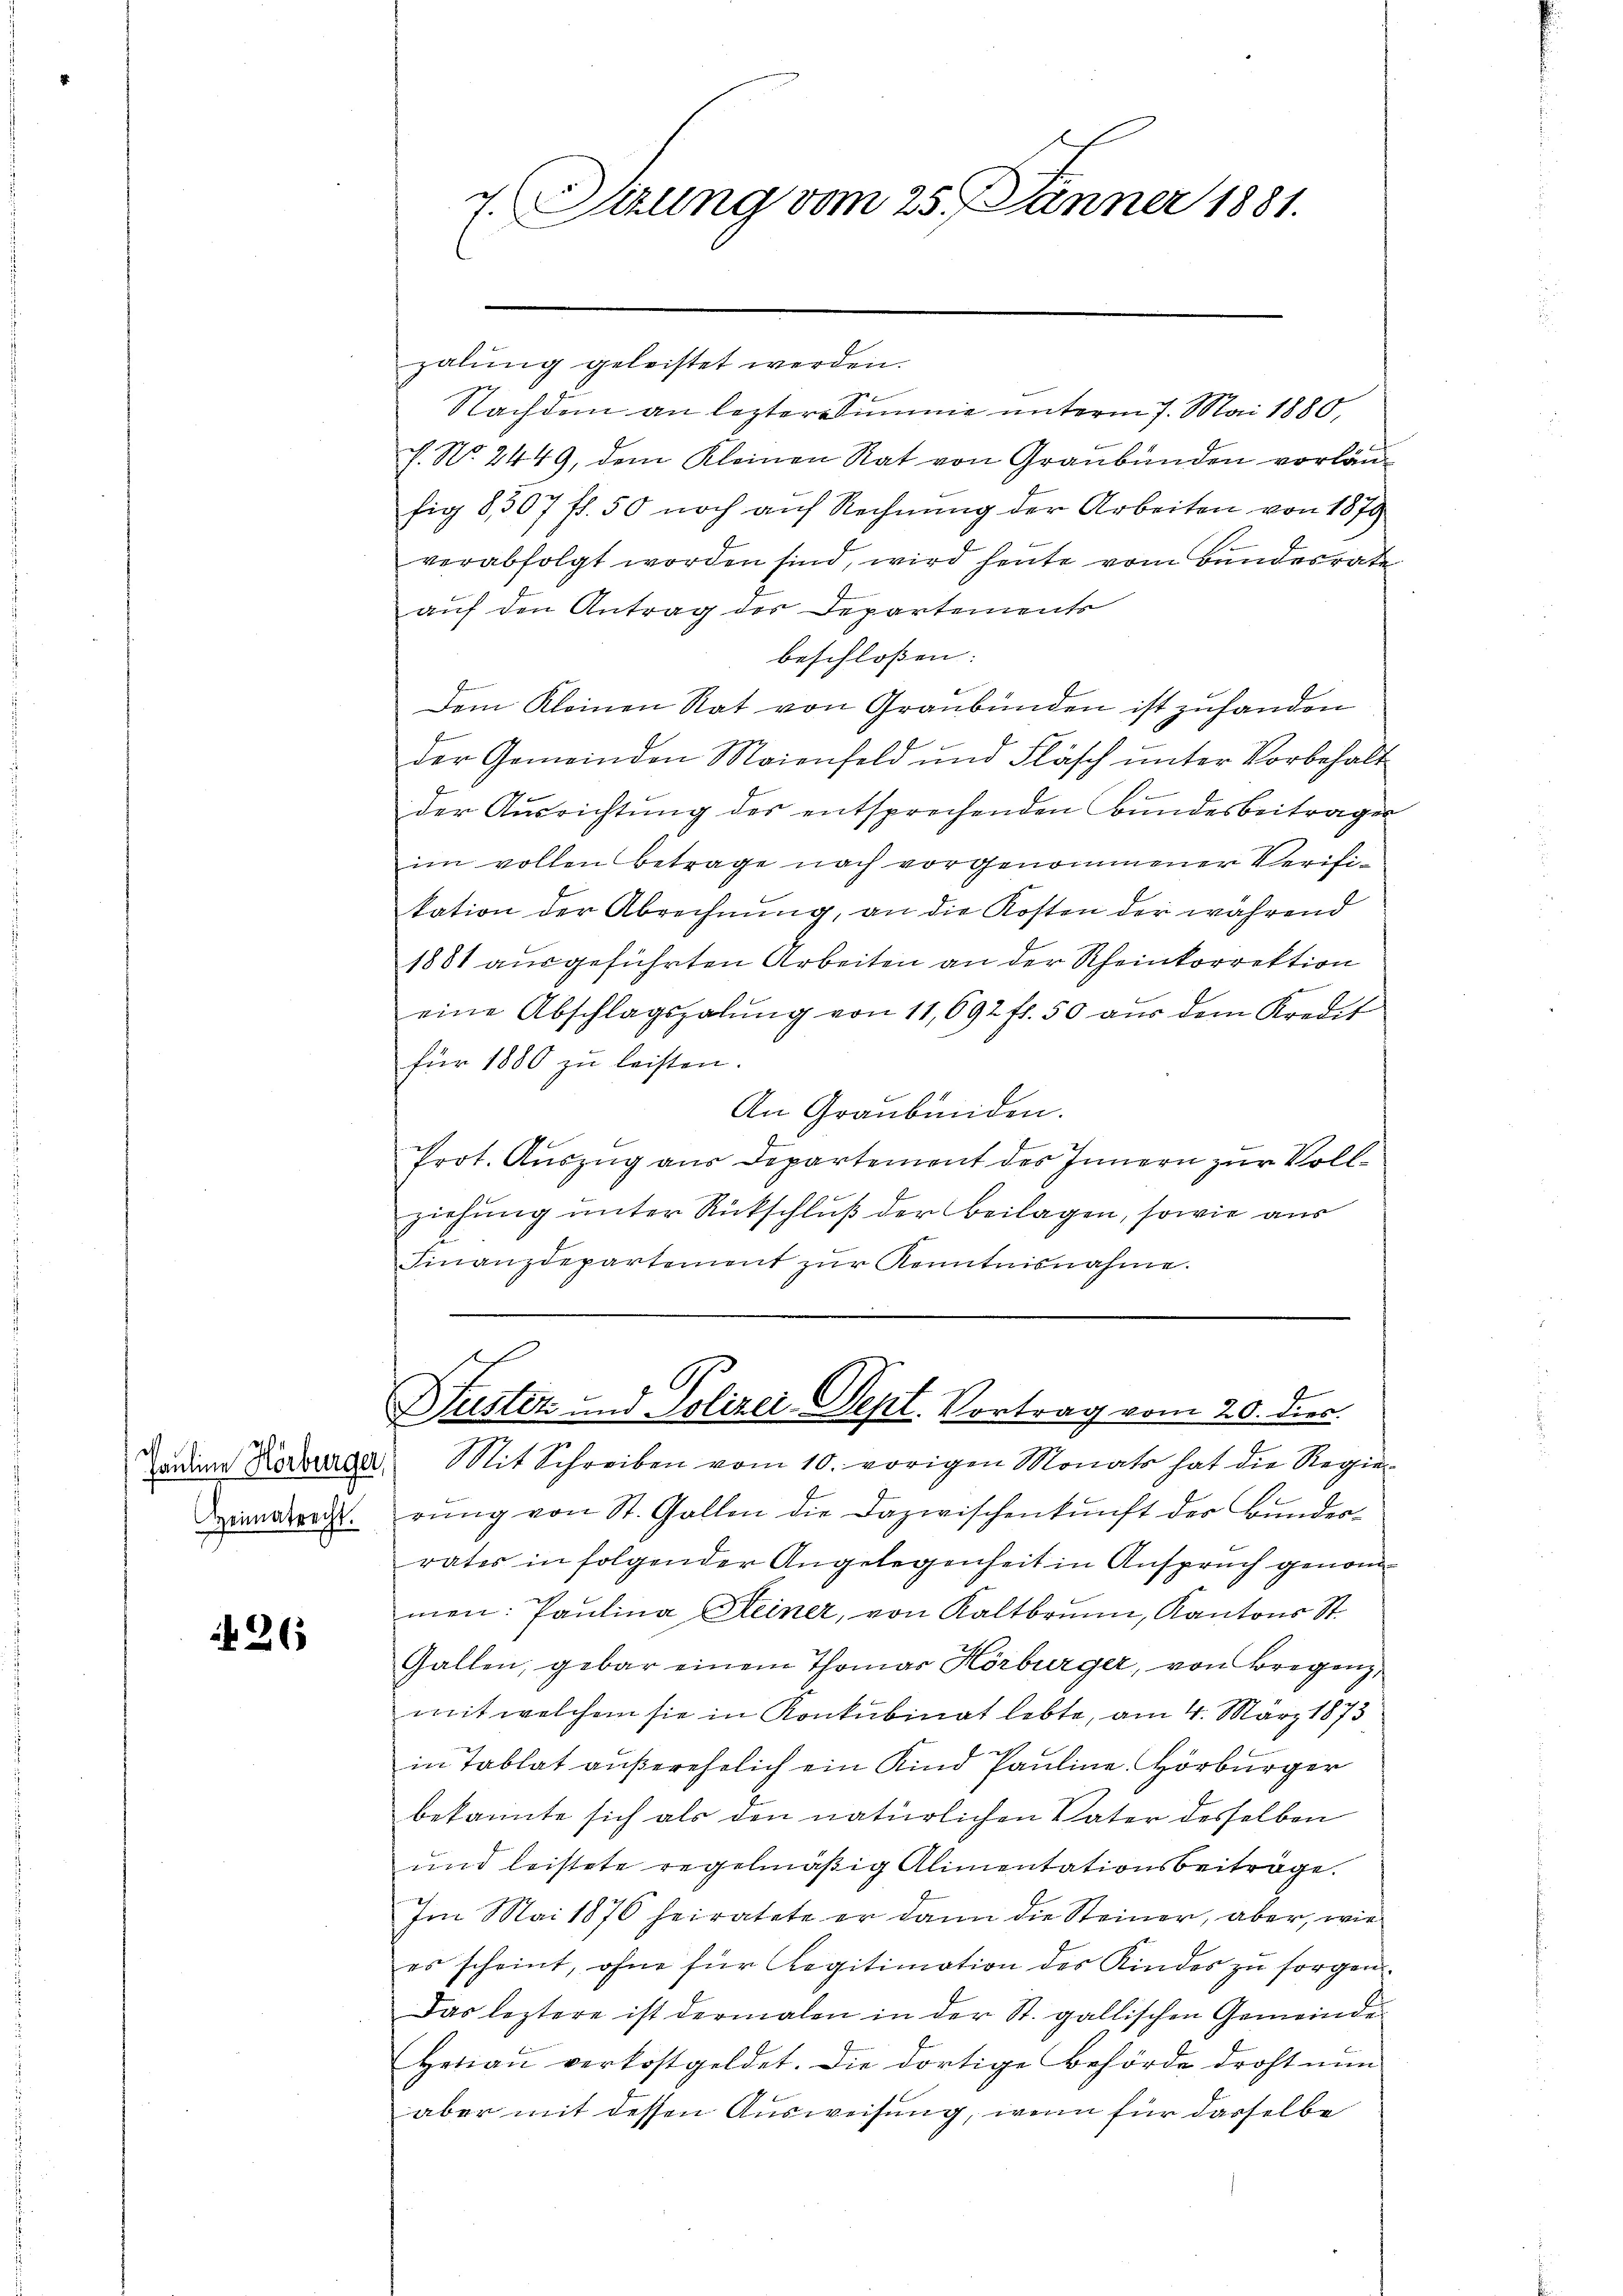
Heimatrecht.

26

7. Sitzung vom 25. Jänner 1881.

zalŭng geleistet werden.
Nachdem an leztere Summe unterm 7. Mai 1880,
h. No. 2449, dem Kleinen Rat von Graubünden vorläufig 8, 507 ff. 50 noch auf Rechnung der Arbeiten von 1879
verabfolgt worden sind, wird heute vom Bundesrate
auf den Antrag der Departements
beschloßen:
Dem Kleinen Rat von Graubünden ist zufanden
der Gemeinden Maienfeld und Fläsch unter Vorbehalt
1
der Ausrichtung der entsprechenden Bundesbeitragen
im vollen betrage nach vorgenommener Verifikation der Abrechnung, an die Kosten der während
1881 ausgeführten Arbeiten an der Rheinkorrektion
eine Abschlagszalŭng von 11,692 ff. 50 aŭs dem Kredit
für 1880 zu leisten.
An Graubünden.
Prot. Auszug aus Departement des Innern zur Vollziehung unter Rückschluß der Beilagen, sowie aus
Finanzdepartement zŭr Kenntnisnahme.

9
Justiz und Polizei- Sept. Vortrag vom 20. dies

Tonding Körberger. Mit Schreiben vom 10. vorigen Monats hat die Regierŭng von St. Gallen die Dazwischenkunft der Bundes-
rates in folgender Angelegenheit in Anspruch genommen: Paulina Heiner, von Kaltbrunn, Kantons St.
Gallen, gebar einem Thomas Hörbürger, von Bregenz,
mit welchem sie in Konkubinat lebte, am 4. März 1873
in Tablat außerehelich ein Kind Pauline. Hörbürger
bekannte sich als den natürlichen Vater desselben
und leistete regelmäßig Alimentationsbeiträge.
Im Mai 1876 heiratete er dann die Steiner, aber, wie
es scheint, ohne für Regitimation des Kindes zŭ sorgen.
Das leztere ist dermalen in der St. gallischen Gemeinde
Herau verkostgeldet. Die dortige Behörde droht nun
aber mit dessen Ausweisung, wenn für dasselbe